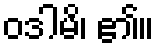
ဝဒါမိ၊ ၏။